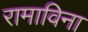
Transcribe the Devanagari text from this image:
रामाविना